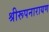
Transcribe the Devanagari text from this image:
श्रीरूपनारायण